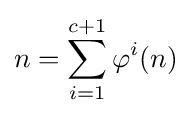
n=\sum _{i=1}^{c+1}\varphi ^{i}(n)